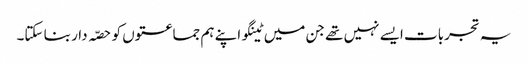
یہ تجربات ایسے نہیں تھے جن میں ٹینگو اپنے ہم جماعتوں کو حصّہ دار بنا سکتا۔